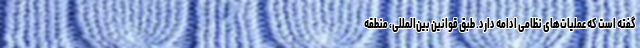
گفته است که عملیات‌های نظامی ادامه دارد. طبق قوانین بین‌المللی، منطقه